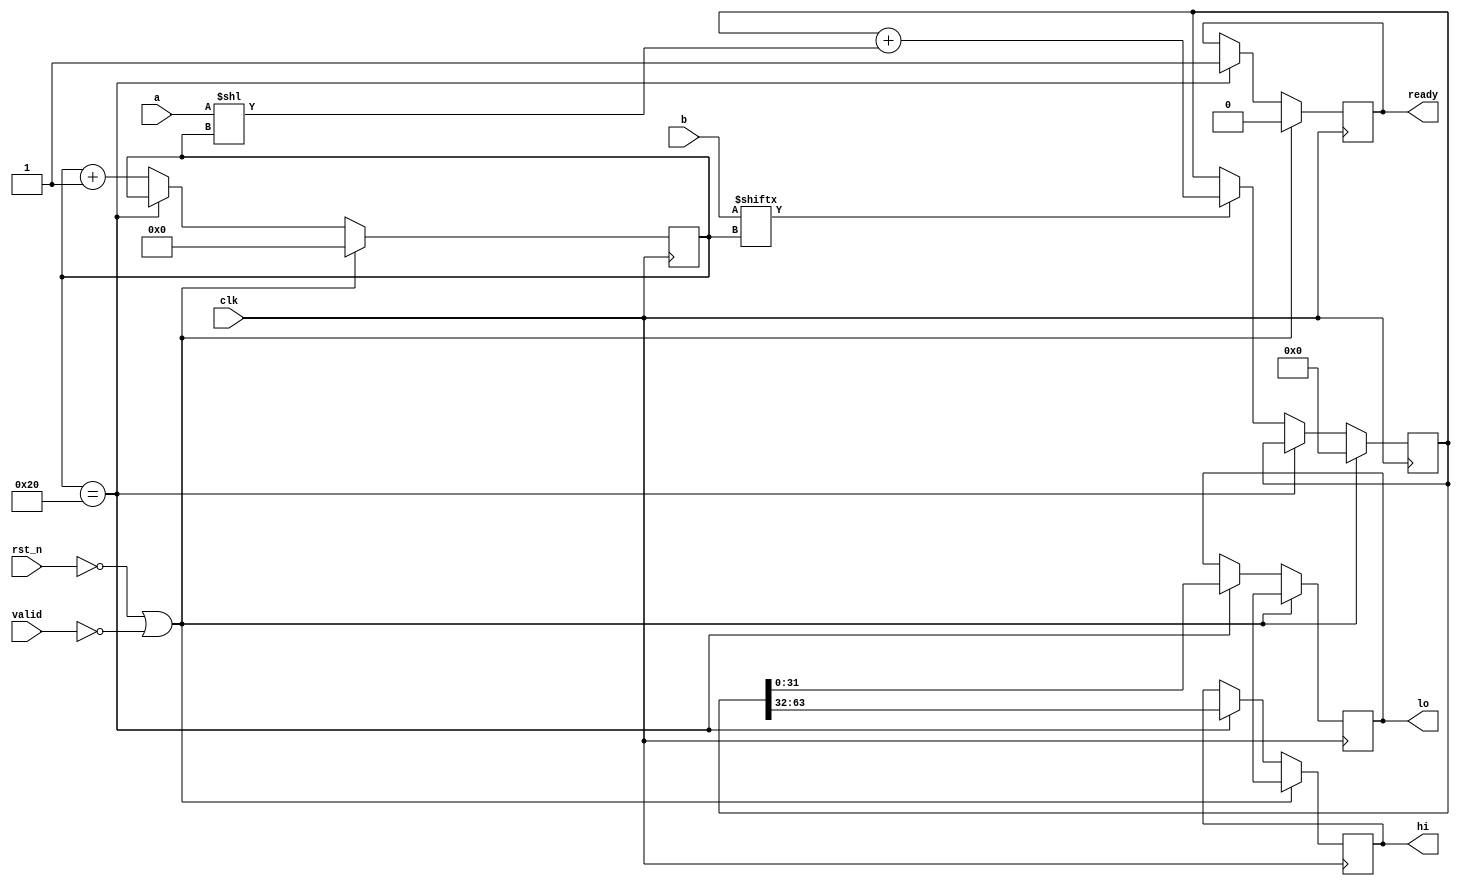
module multiplier #(
	parameter [7:0]WIDTH = 32
)(
	input clk,
	input rst_n,
	input [WIDTH-1:0]a,
	input [WIDTH-1:0]b,
	input valid,
	output ready,
	output [WIDTH-1:0]hi,
	output [WIDTH-1:0]lo
);

reg ready;
reg [WIDTH-1:0]hi;
reg [WIDTH-1:0]lo;

reg [2*WIDTH-1:0]result;

reg [8:0] current_bit;

always @(posedge clk) begin
	if (!rst_n || !valid) begin
		ready <= 0;
		result <= 0;
		current_bit <= 0;
		hi <= 'bx;
		lo <= 'bx;
	end else begin
		if (current_bit == WIDTH) begin
			ready <= 1;
			hi <= result[2*WIDTH-1:WIDTH];
			lo <= result[WIDTH-1:0];
		end else begin
			if (b[current_bit])
				result <= result + (a << current_bit);
			current_bit <= current_bit + 1;
		end
	end
end

endmodule